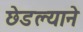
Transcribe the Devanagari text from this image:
छेडल्याने